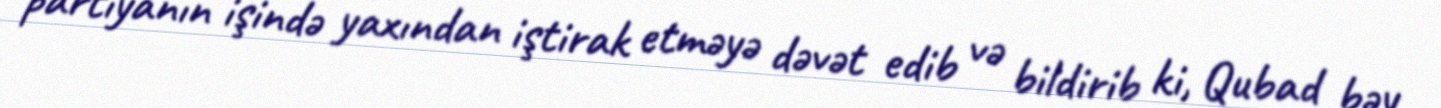
partiyanın işində yaxından iştirak etməyə dəvət edib və bildirib ki, Qubad bəy